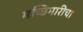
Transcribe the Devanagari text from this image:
मच्छिमारीचा